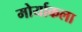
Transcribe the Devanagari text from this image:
मोर्याकला